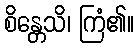
စိန္တေသိ၊ ကြံ၏။